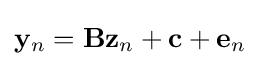
\mathbf {y} _{n}=\mathbf {B} \mathbf {z} _{n}+\mathbf {c} +\mathbf {e} _{n}